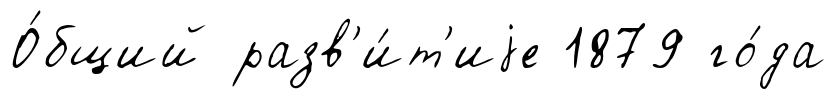
О́бщий разв'и́т'иjе 1879 го́да